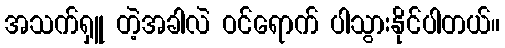
အသက်ရှူ တဲ့အခါလဲ ဝင်ရောက် ပါသွားနိုင်ပါတယ်။